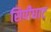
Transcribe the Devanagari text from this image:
सिपीघाट